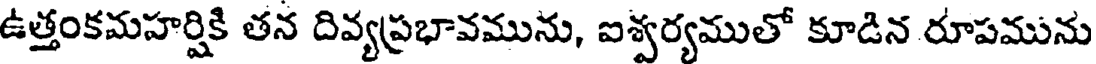
ఉత్తంకమహర్షికి తన దివ్యప్రభావమును, ఐశ్వర్యముతో కూడిన రూపమును